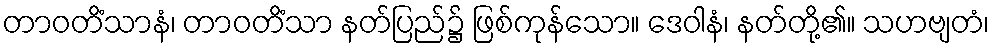
တာဝတိံသာနံ၊ တာဝတိံသာ နတ်ပြည်၌ ဖြစ်ကုန်သော။ ဒေဝါနံ၊ နတ်တို့၏။ သဟဗျတံ၊